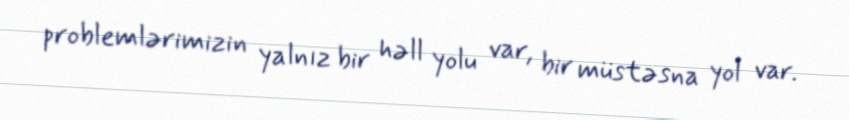
problemlərimizin yalnız bir həll yolu var, bir müstəsna yol var.